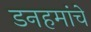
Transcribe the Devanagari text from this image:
डनहमांचे